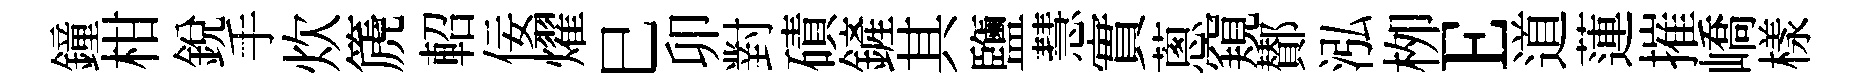
鐘柑銳手炊篪軺佞燿巳卯對磧鏟其鹽慧實蔥窺鄼泓栁E道蓮摧嶠樣